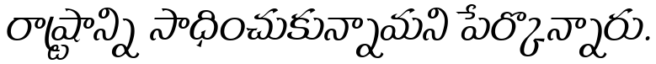
రాష్ర్టాన్ని సాధించుకున్నామని పేర్కొన్నారు.